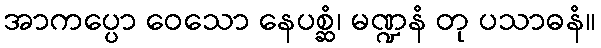
အာကပ္ပော ဝေသော နေပစ္ဆံ၊ မဏ္ဍနံ တု ပသာဓနံ။